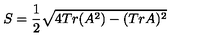
S = \frac { 1 } { 2 } \sqrt { 4 T r ( A ^ { 2 } ) - ( T r A ) ^ { 2 } }